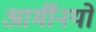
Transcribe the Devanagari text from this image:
आर्मीनयों